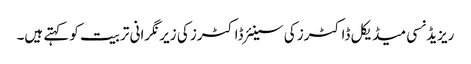
ریزیڈنسی میڈیکل ڈاکٹرز کی سینئر ڈاکٹرز کی زیر نگرانی تربیت کو کہتے ہیں۔